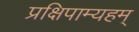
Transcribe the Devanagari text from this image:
प्रक्षिपाम्यहम्